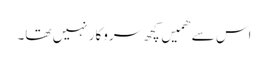
اس سے ھمیں کچھ سروکار نہیں تھا۔